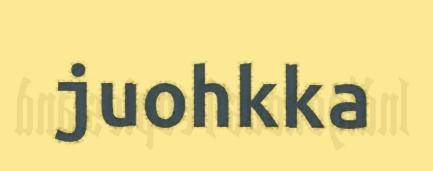
juohkka